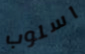
اسلوب